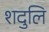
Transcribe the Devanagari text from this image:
शदुलि